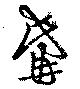
觜